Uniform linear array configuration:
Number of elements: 4
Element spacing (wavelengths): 0.75
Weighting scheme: binomial
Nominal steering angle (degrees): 30
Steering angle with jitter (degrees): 30.698
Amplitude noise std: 0.05
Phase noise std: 0.05

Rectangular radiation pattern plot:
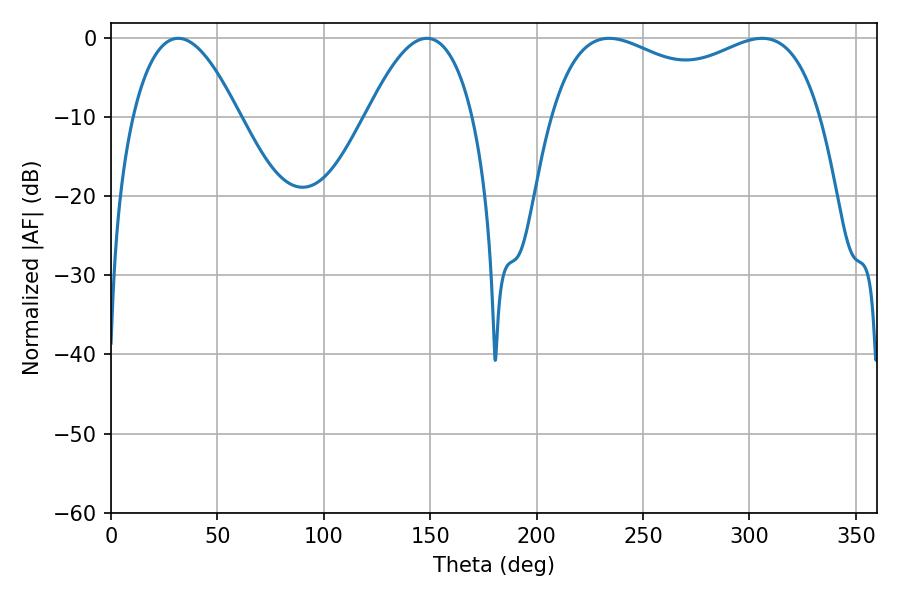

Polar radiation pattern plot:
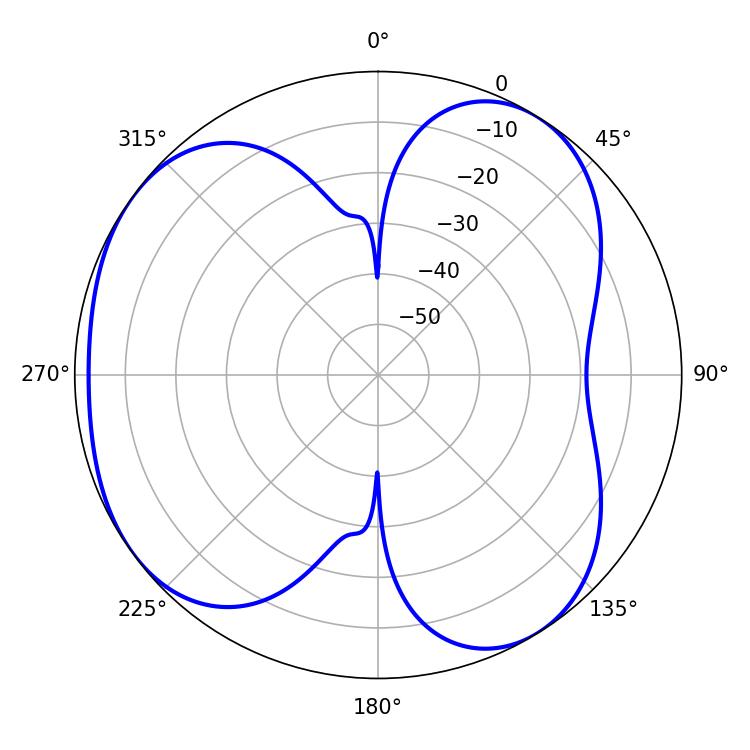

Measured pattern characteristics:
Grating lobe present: TRUE
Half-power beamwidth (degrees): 105.12
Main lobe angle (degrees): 234